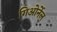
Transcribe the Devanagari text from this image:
गिओर्नेल